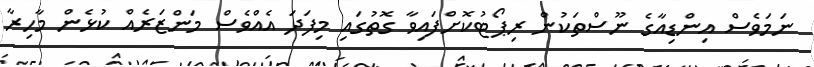
ނަމަވެސް އިންޑިއާގެ ނޫސްތަކުން ރިޕޯޓުކޮށްފައިވާ ގޮތުގައި މިފަދަ އެއްވެސް މަންޒަރެއް ކުޅެން މާހިރާ